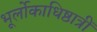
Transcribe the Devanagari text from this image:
भूर्लोकाधिष्ठात्रीं